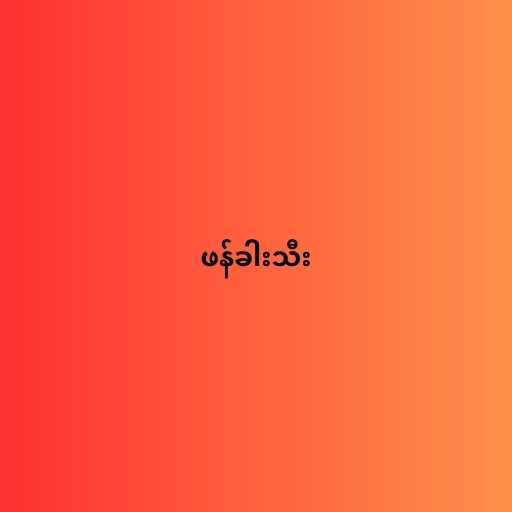
ဖန်ခါးသီး